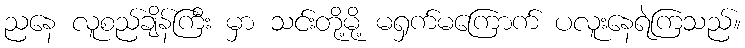
ညနေ လူစည်ချိန်ကြီး မှာ သင်းတို့မို့ မရှက်မကြောက် ပလူးနေရဲကြသည်။